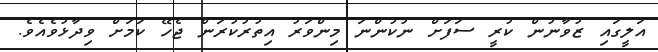
އަލީގައި ޒުވާނުން ކުރީ ސަފަށް ނުކުންނަ މިންވަރު އިތުރުކުރަން ޖެހޭ ކަމަށް ވިދާޅުވެއެވެ.